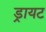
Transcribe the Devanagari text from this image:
ड्रायट